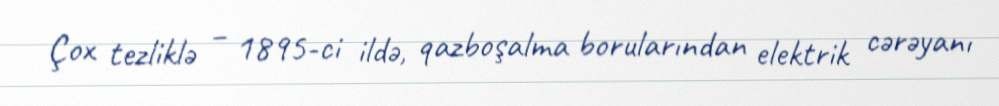
Çox tezliklə – 1895-ci ildə, qazboşalma borularından elektrik cərəyanı